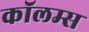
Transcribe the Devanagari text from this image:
कॉलम्स